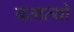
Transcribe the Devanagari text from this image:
बताव्यो